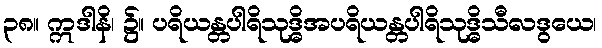
၃၈။ ဣဒါနိ၊ ၌။ ပရိယန္တပါရိသုဒ္ဓိအပရိယန္တပါရိသုဒ္ဓိသီလဒွယေ၊